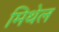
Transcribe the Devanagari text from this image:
मिथेल